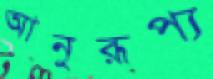
আনুরূপ্য